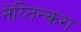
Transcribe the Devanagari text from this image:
नेय्तिन्करा